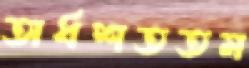
অর্ধশততম